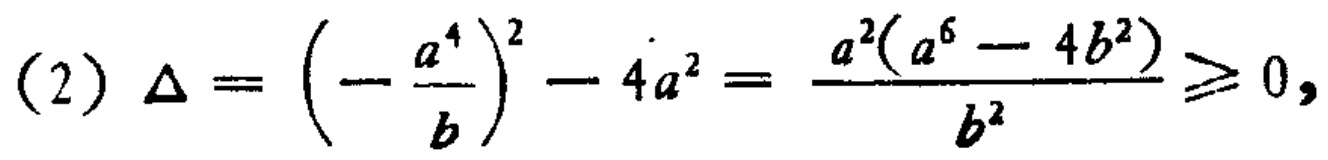
(2) \(\Delta = \left(-\frac{a^{4}}{b}\right)^{2}-4a^{2}=\frac{a^{2}(a^{6}-4b^{2})}{b^{2}}\geq0\)